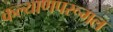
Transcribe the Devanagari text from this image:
कल्याणपरूमल